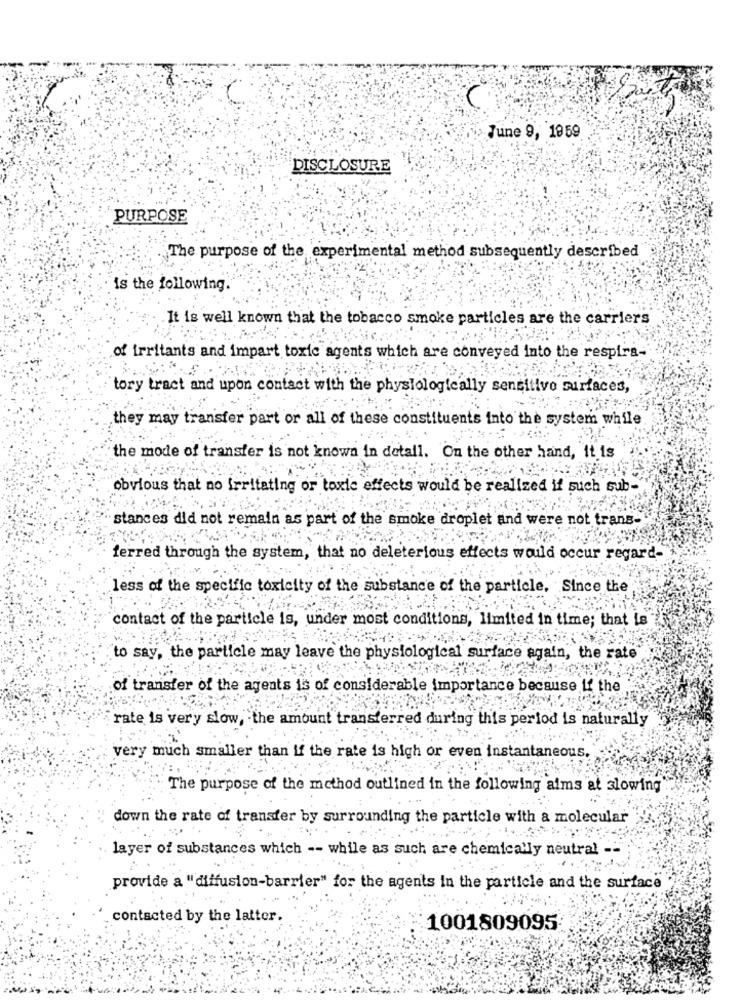
June 9, 19 59
DISCLOSURE
PURPOSE
The purpose of the experimental method subsequently described
is the following.
It is well known that the tobacco smoke particles are the carriers
of irritants and impart toxic agents which are conveyed into the respira-
tory tract and upon contact with the physiologically sensitive surfaces,
they may transfer part or all of these constituents into the system while
the mode of transfer is not known in detall. On the other hand, it is
obvious that no Irritating or toxic effects would be realized if such sub-
stances did not remain as part of the smoke droplet and were not trans-
ferred through the system, that no deleterious effects would occur regard-
less of the specific toxicity of the substance of the particle. Since the
contact of the particle is, under most conditions, limited in time; that is
to say, the particle may leave the physiological surface again, the rate
of transfer of the agents is of considerable importance because if the
rate is very slow, the amount transferred during this period is naturally
very much smaller than if the rate is high or even instantaneous.
The purpose of the method outlined in the following aims at slowing
down the rate of transfer by surrounding the particle with a molecular
. ..
layer of substances which -- while as such are chemically neutral --
provide a "diffusion-barrier" for the agents in the particle and the surface
contacted by the latter.
1001809095